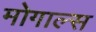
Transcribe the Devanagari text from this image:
मोगाल्स